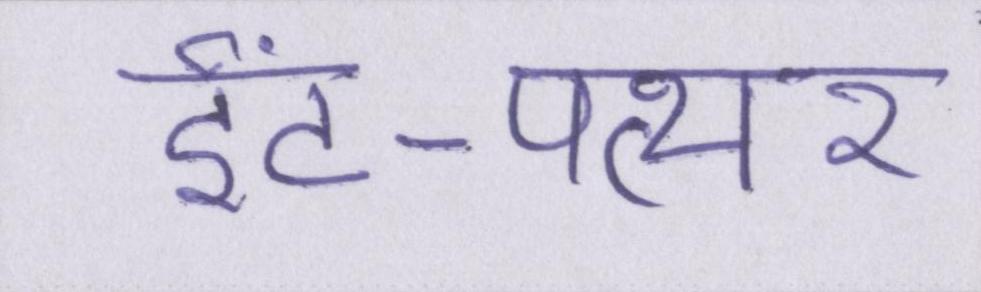
ईंट-पत्थर